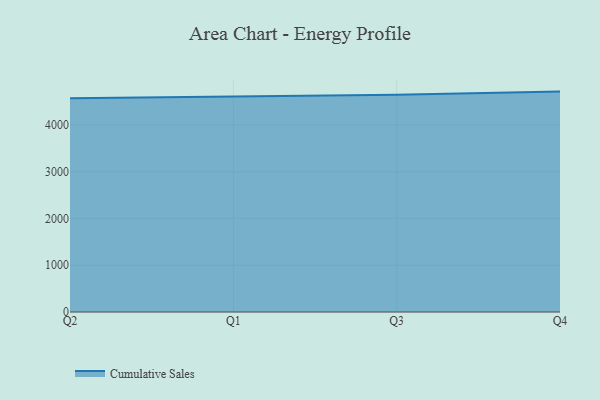
{"axis": {"x": "Quarter", "y": "Market Share (%)"}, "legend": ["Cumulative Sales"], "data": [{"x": "Q2", "y": 4573.7, "type": "Cumulative Sales"}, {"x": "Q1", "y": 4608.5, "type": "Cumulative Sales"}, {"x": "Q3", "y": 4648.5, "type": "Cumulative Sales"}, {"x": "Q4", "y": 4713.4, "type": "Cumulative Sales"}]}